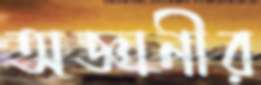
অজ্ঞানীর